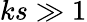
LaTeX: ks\gg 1